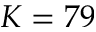
K = 7 9